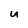
Character: U